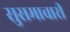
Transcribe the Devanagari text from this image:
सुसमाचारी